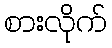
စားလိုက်